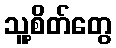
သူ့စိတ်တွေ